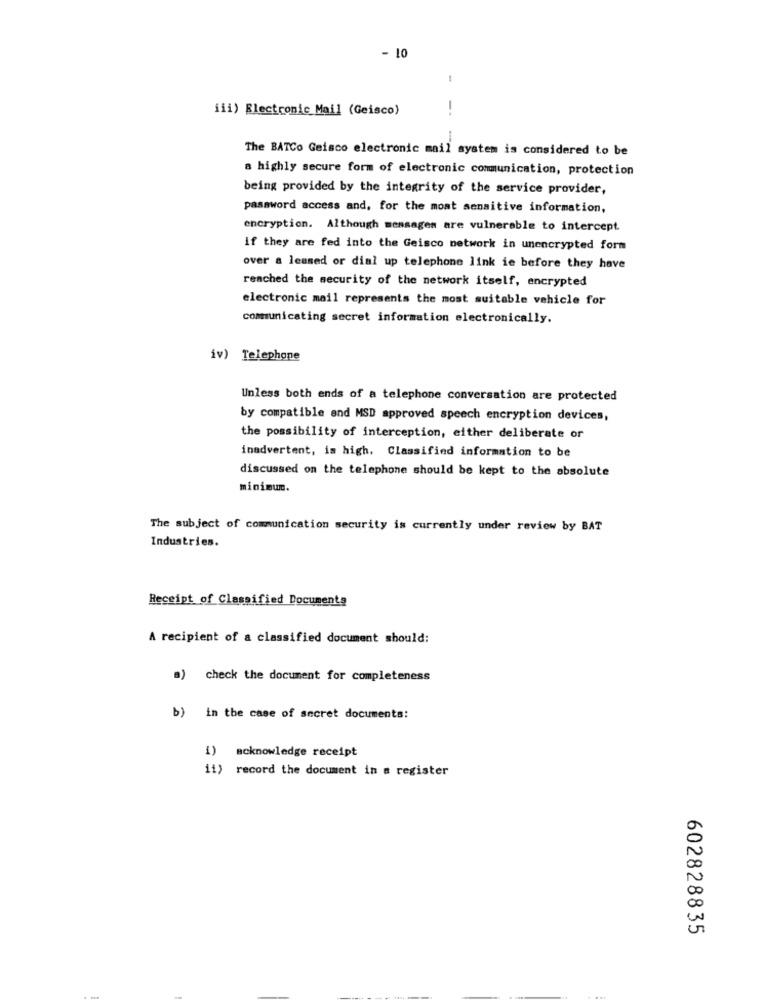
- 10
-
iii) Electronic Mail (Geisco)
-
The BATCo Geisco electronic mail system is considered to be
a highly secure form of electronic communication, protection
being provided by the integrity of the service provider,
password access and, for the most sensitive information,
encryption. Although messages are vulnerable to intercept
if they are fed into the Geisco network in unencrypted form
over a leased or dial up telephone link ie before they have
reached the security of the network itself, encrypted
electronic mail represents the most suitable vehicle for
communicating secret information electronically.
iv) Telephone
Unless both ends of a telephone conversation are protected
by compatible and MSD approved speech encryption devices,
the possibility of interception, either deliberate or
inadvertent, is high. Classified information to be
discussed on the telephone should be kept to the absolute
minimun.
The subject of communication security is currently under review by BAT
Industries.
Receipt of Classified Documents
A recipient of a classified document should:
a) check the document for completeness
b) in the case of secret documents:
i) acknowledge receipt
ii) record the document in a register
602828835